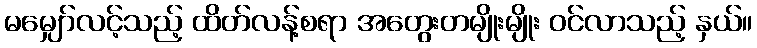
မမျှော်လင့်သည့် ထိတ်လန့်စရာ အတွေးတမျိုးမျိုး ဝင်လာသည့် နှယ်။